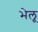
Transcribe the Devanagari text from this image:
भेलू